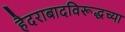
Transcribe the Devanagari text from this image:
हैदराबादविरूद्धच्या